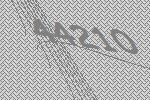
44210